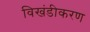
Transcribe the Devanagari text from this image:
विखंडीकरण